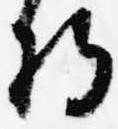
将